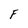
Character: F